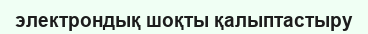
электрондық шоқты қалыптастыру